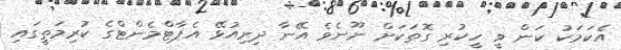
އެކަމަކު ކަން ވީ ހީކުރި ގޮތަކަށް ނޫނެވެ އޭނާ ދިރިއުޅޭ އެޕާޓްމެންޓްގެ ކުރިމަތީގައި